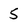
Character: 5